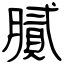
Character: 膩